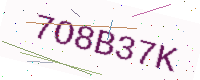
Text: 7O8B37K